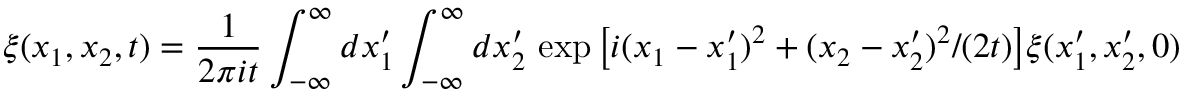
\xi ( x _ { 1 } , x _ { 2 } , t ) = \frac { 1 } { 2 \pi i t } \int _ { - \infty } ^ { \infty } d x _ { 1 } ^ { \prime } \int _ { - \infty } ^ { \infty } d x _ { 2 } ^ { \prime } \, \exp \big [ i ( x _ { 1 } - x _ { 1 } ^ { \prime } ) ^ { 2 } + ( x _ { 2 } - x _ { 2 } ^ { \prime } ) ^ { 2 } / ( 2 t ) \big ] \xi ( x _ { 1 } ^ { \prime } , x _ { 2 } ^ { \prime } , 0 )